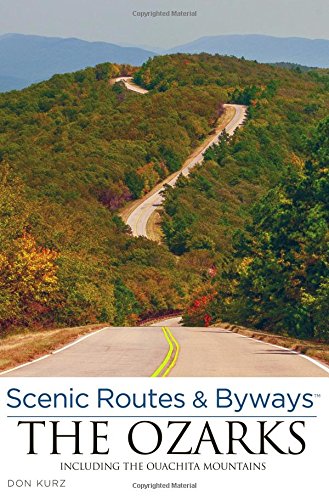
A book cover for Scenic Routes & Byways the Ozarks: Including The Ouachita Mountains; Don Kurz; Travel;